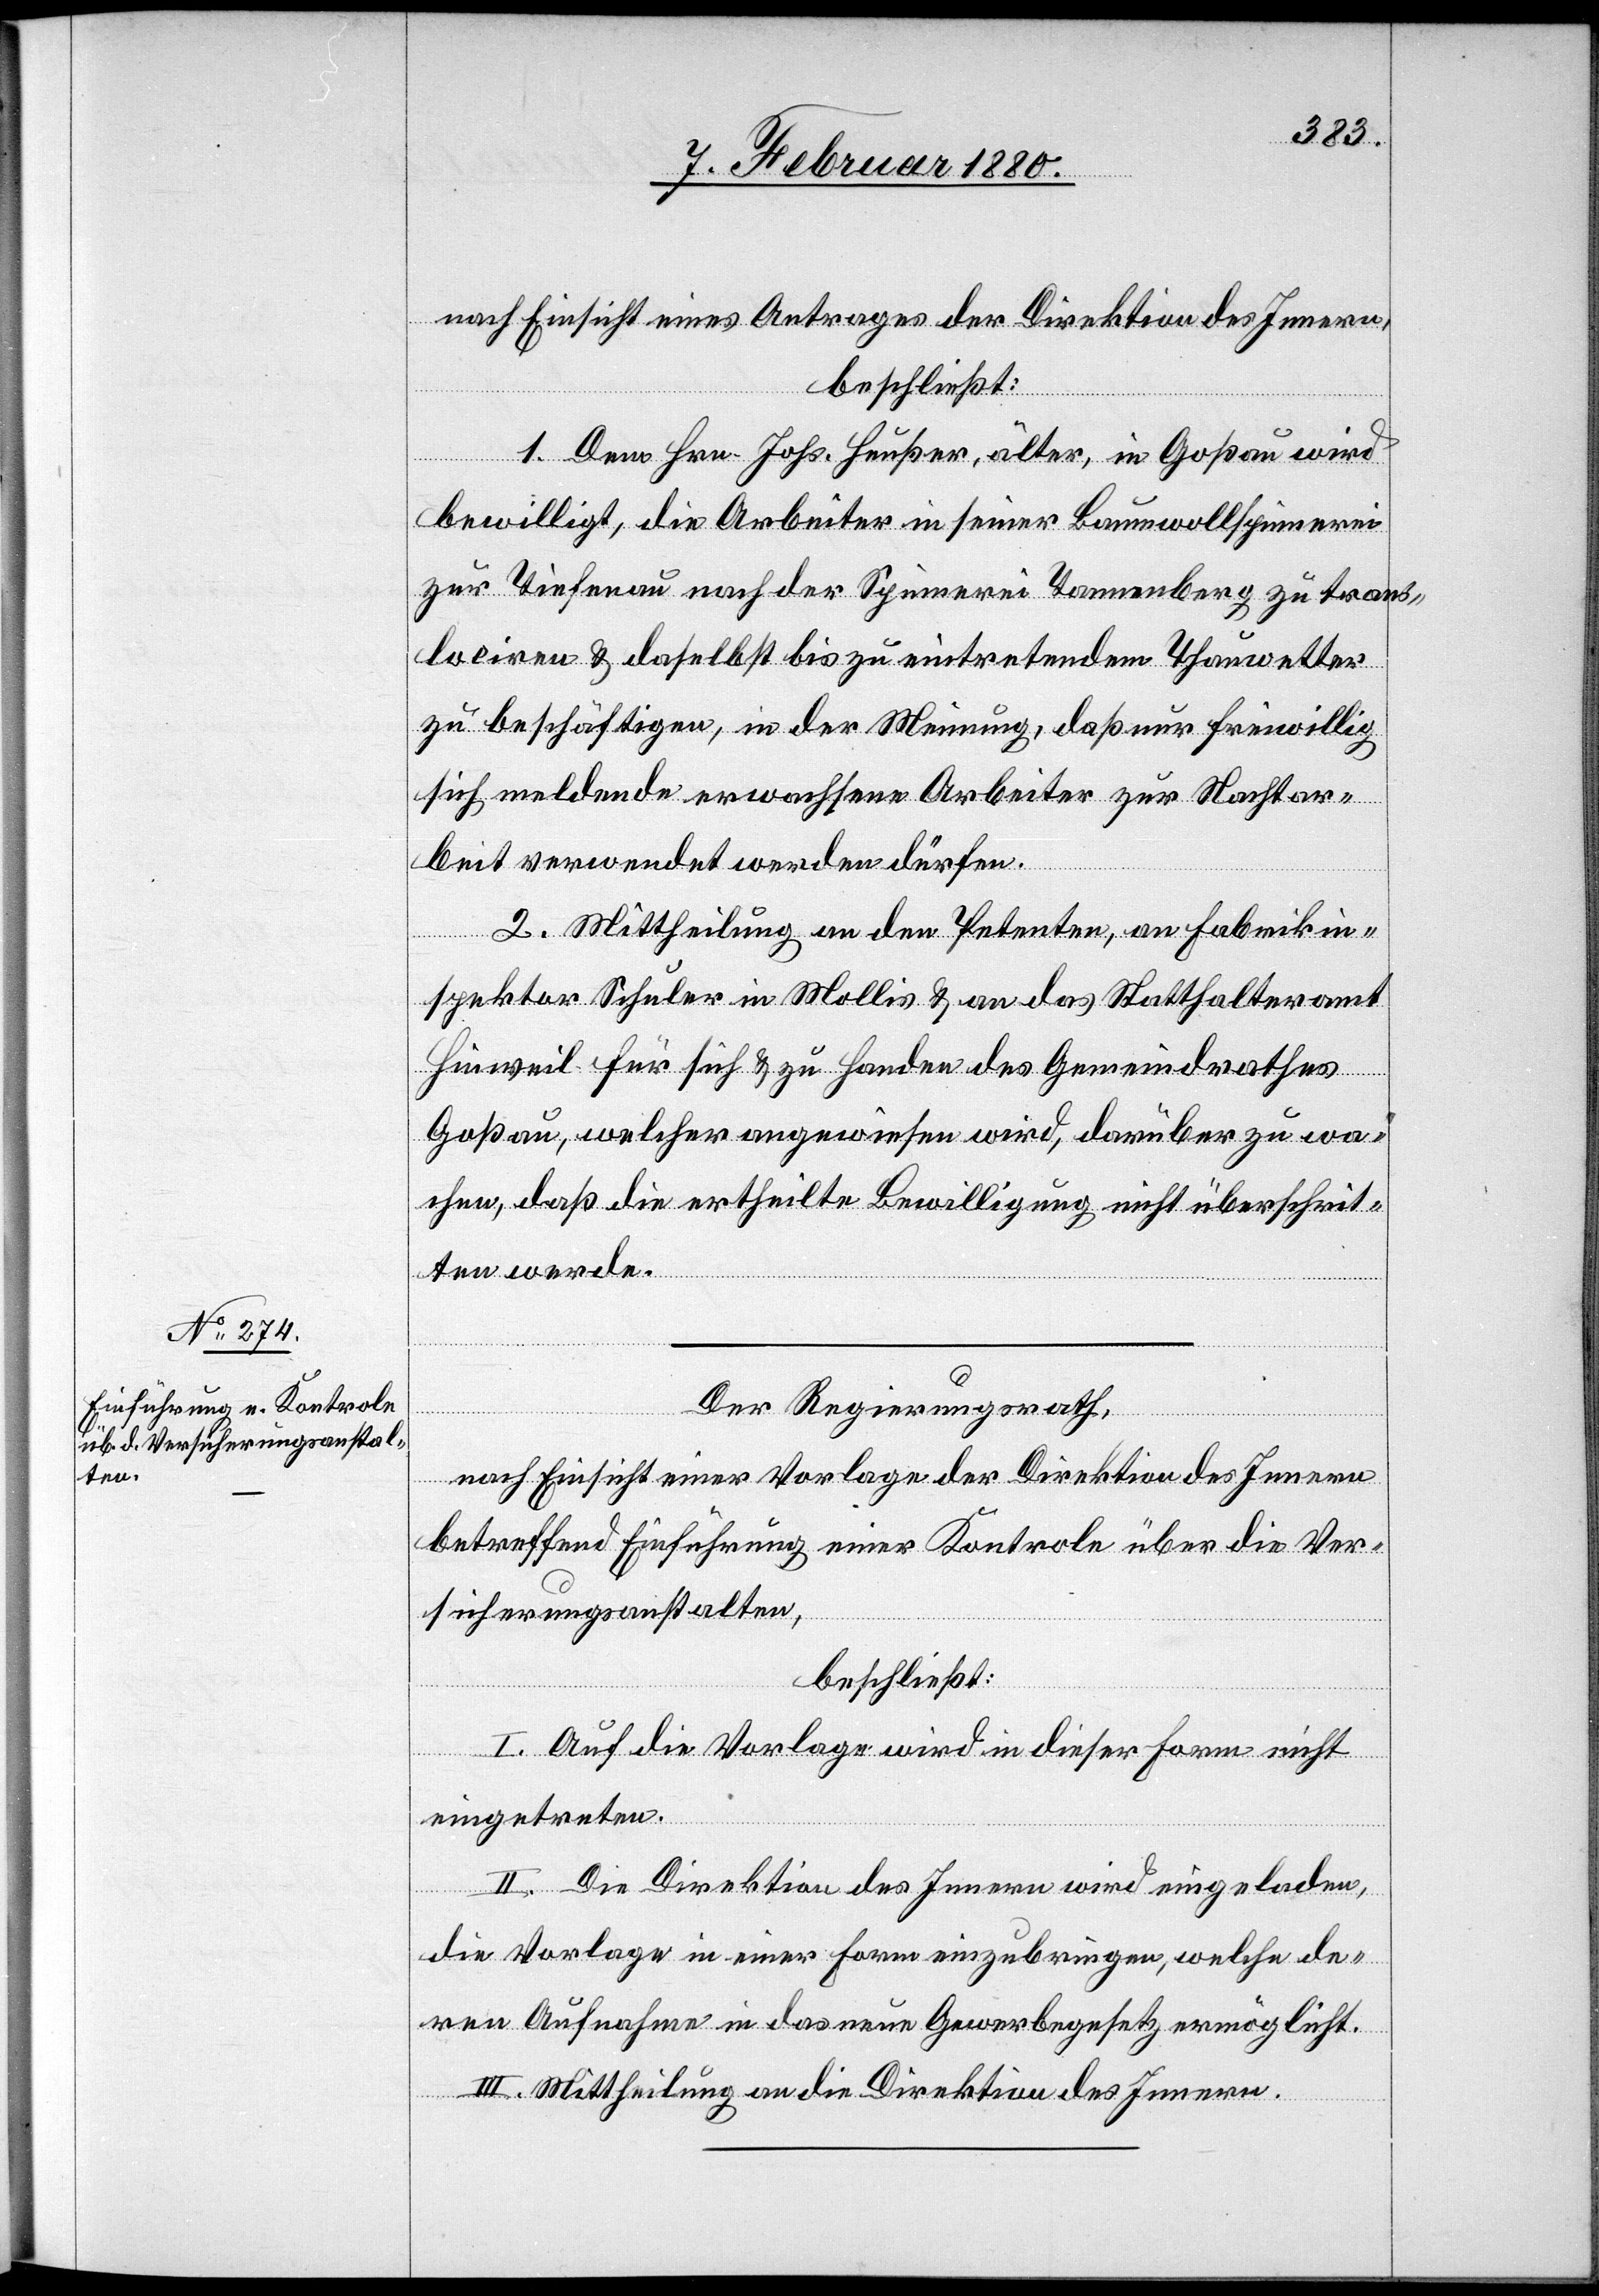
nach Einsicht eines Antrages der Direktion des Innern
beschließt:
1. Dem Hrn. Johs. Heußer, älter, in Goßau wird
bewilligt, die Arbeiter in seiner Baumwollspinnerei
zur Tiefenau nach der Spinnerei Tannenberg zu trans¬
lociren & daselbst bis zu eintretendem Thauwetter
zu beschäftigen, in der Meinung, daß nur freiwillig
sich meldende erwachsene Arbeiter zur Nachtar¬
beit verwendet werden dürfen.
2. Mittheilung an den Petenten, an Fabrikin¬
spektor Schuler in Mollis & an das Statthalteramt
Hinweil für sich & zu Handen des Gemeindrathes
Goßau, welcher angewiesen wird, darüber zu wa¬
chen, daß die ertheilte Bewilligung nicht überschrit¬
ten werde.
Der Regierungsrath,
betreffend Einführung einer Kontrole über die Ver¬
sicherungsanstalten,
beschließt:
I. Auf die Vorlage wird in dieser Form nicht
eingetreten.
II. Die Direktion des Innern wird eingeladen,
die Vorlage in einer Form einzubringen, welche de¬
ren Aufnahme in das neue Gewerbegesetzt ermöglicht.
III. Mittheilung an die Direktion des Innern.